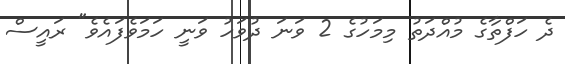
ދެ ހަފްތާގެ މުއްދަތު މިމަހުގެ 2 ވަނަ ދުވަހު ވަނީ ހަމަވެފައެވެ" ރައީސް